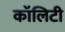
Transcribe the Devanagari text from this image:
कॉलिटी